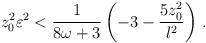
LaTeX: \begin{align*}z_0 ^2 \varepsilon^2 < {1 \over {8\omega +3}} \left(-3 -{{5z_0^2}\over l^2} \right) \, .\end{align*}